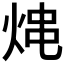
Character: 𤉈